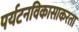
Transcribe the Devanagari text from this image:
पर्यटनविकासाकरता